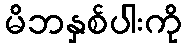
မိဘနှစ်ပါးကို